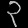
Digit: ၃